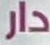
دار